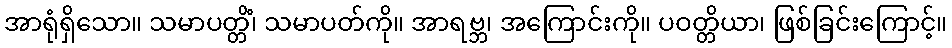
အာရုံရှိသော။ သမာပတ္တိံ၊ သမာပတ်ကို။ အာရဗ္ဘ၊ အကြောင်းကို။ ပဝတ္တိယာ၊ ဖြစ်ခြင်းကြောင့်။